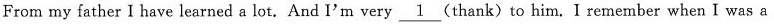
From my father I have learned a lot. And I'm very \underline{1}(thank) to him. I remember when I was a